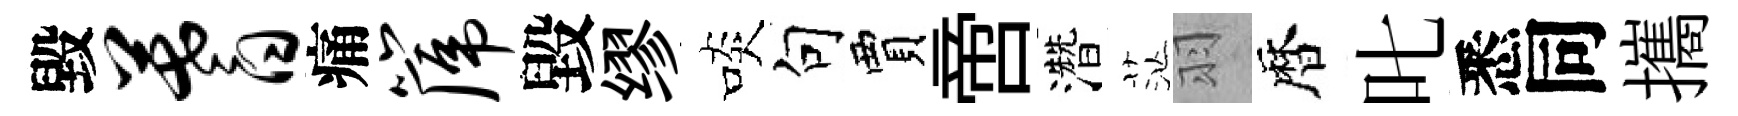
毀蓍痛篪毀缪啖句賈啻濳茫羽暦叱悉同攜